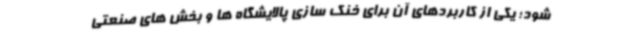
شود؛ یکی از کاربردهای آن برای خنک سازی پالایشگاه ها و بخش های صنعتی